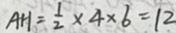
A H = \frac { 1 } { 2 } \times 4 \times 6 = 1 2